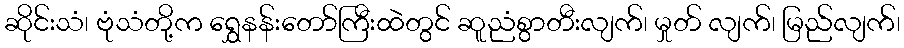
ဆိုင်းသံ၊ ဗုံသံတို့က ရွှေနန်းတော်ကြီးထဲတွင် ဆူညံစွာတီးလျက်၊ မှုတ် လျက်၊ မြည်လျက်၊